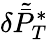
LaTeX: \delta\tilde{\bar{P}}_{T}^{*}